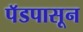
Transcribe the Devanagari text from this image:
पॅडपासून